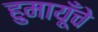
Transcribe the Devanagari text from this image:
हुमायूँचे